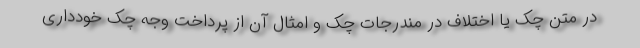
در متن چک یا اختلاف در مندرجات چک و امثال آن از پرداخت وجه چک خودداری